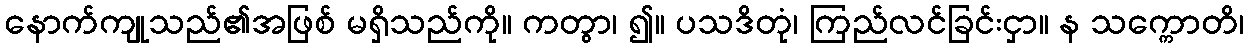
နောက်ကျုသည်၏အဖြစ် မရှိသည်ကို။ ကတွာ၊ ၍။ ပသဒိတုံ၊ ကြည်လင်ခြင်းငှာ။ န သက္ကောတိ၊